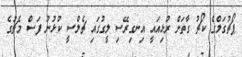
ޕޯޗުގަލްގެ ކޯޗު ގާތަށް ރުޅިއައީ އިނގިރޭސި ލީގުގައި ޗެލްސީ ކުޅުނު ފަސް މެޗުގެ